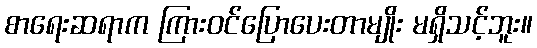
စာရေးဆရာက ကြားဝင်ပြောပေးတာမျိုး မရှိသင့်ဘူး။